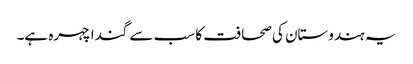
یہ ہندوستان کی صحافت کا سب سے گندا چہرہ ہے۔